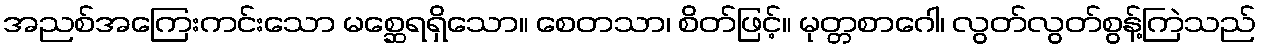
အညစ်အကြေးကင်းသော မစ္ဆေရရှိသော။ စေတသာ၊ စိတ်ဖြင့်။ မုတ္တစာဂေါ၊ လွတ်လွတ်စွန့်ကြဲသည်